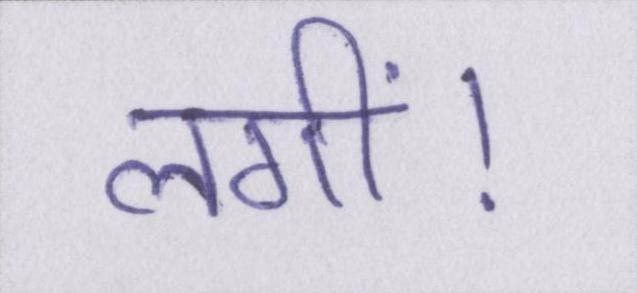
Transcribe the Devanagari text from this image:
लगीं।